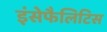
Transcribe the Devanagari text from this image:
इंसेफैलिटिस